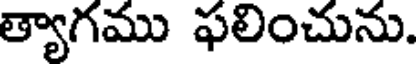
త్యాగము ఫలించును.